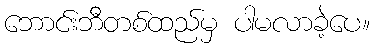
ဘောင်းဘီတစ်ထည်မှ ပါမလာခဲ့ပေ။